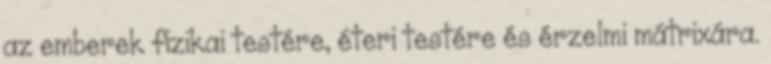
az emberek fizikai testére, éteri testére és érzelmi mátrixára.